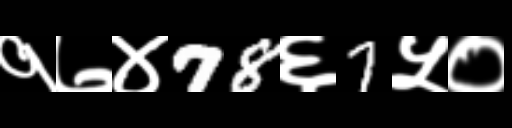
Text: १७४78६7५०